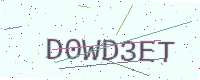
Text: D0WD3ET